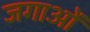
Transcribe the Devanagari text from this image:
जगाओं